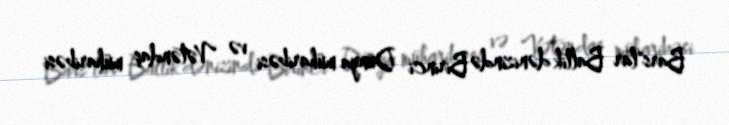
Bars"lar Baltik dənizində Birinci Dünya müharibəsi və Vətəndaş müharibəsi